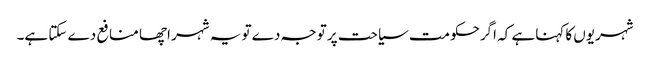
شہریوں کا کہناہے کہ اگرحکومت سیاحت پر توجہ دے تو یہ شہر اچھا منافع دے سکتا ہے۔